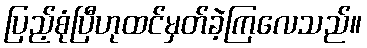
ပြည့်စုံပြီဟုထင်မှတ်ခဲ့ကြလေသည်။